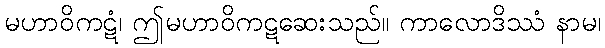
မဟာဝိကဋံ၊ ဤမဟာဝိကဋဆေးသည်။ ကာလောဒိဿံ နာမ၊